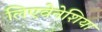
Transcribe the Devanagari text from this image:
लिएवेनेशिया